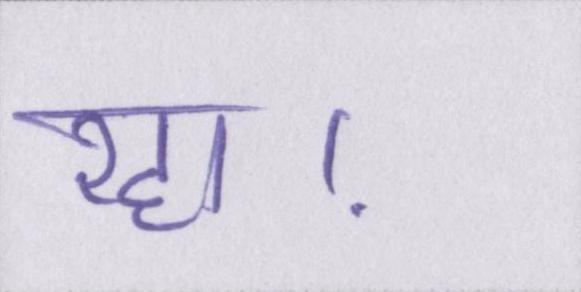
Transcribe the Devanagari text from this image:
रहा।